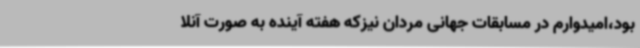
بود،امیدوارم در مسابقات جهانی مردان نیزکه هفته آینده به صورت آنلا